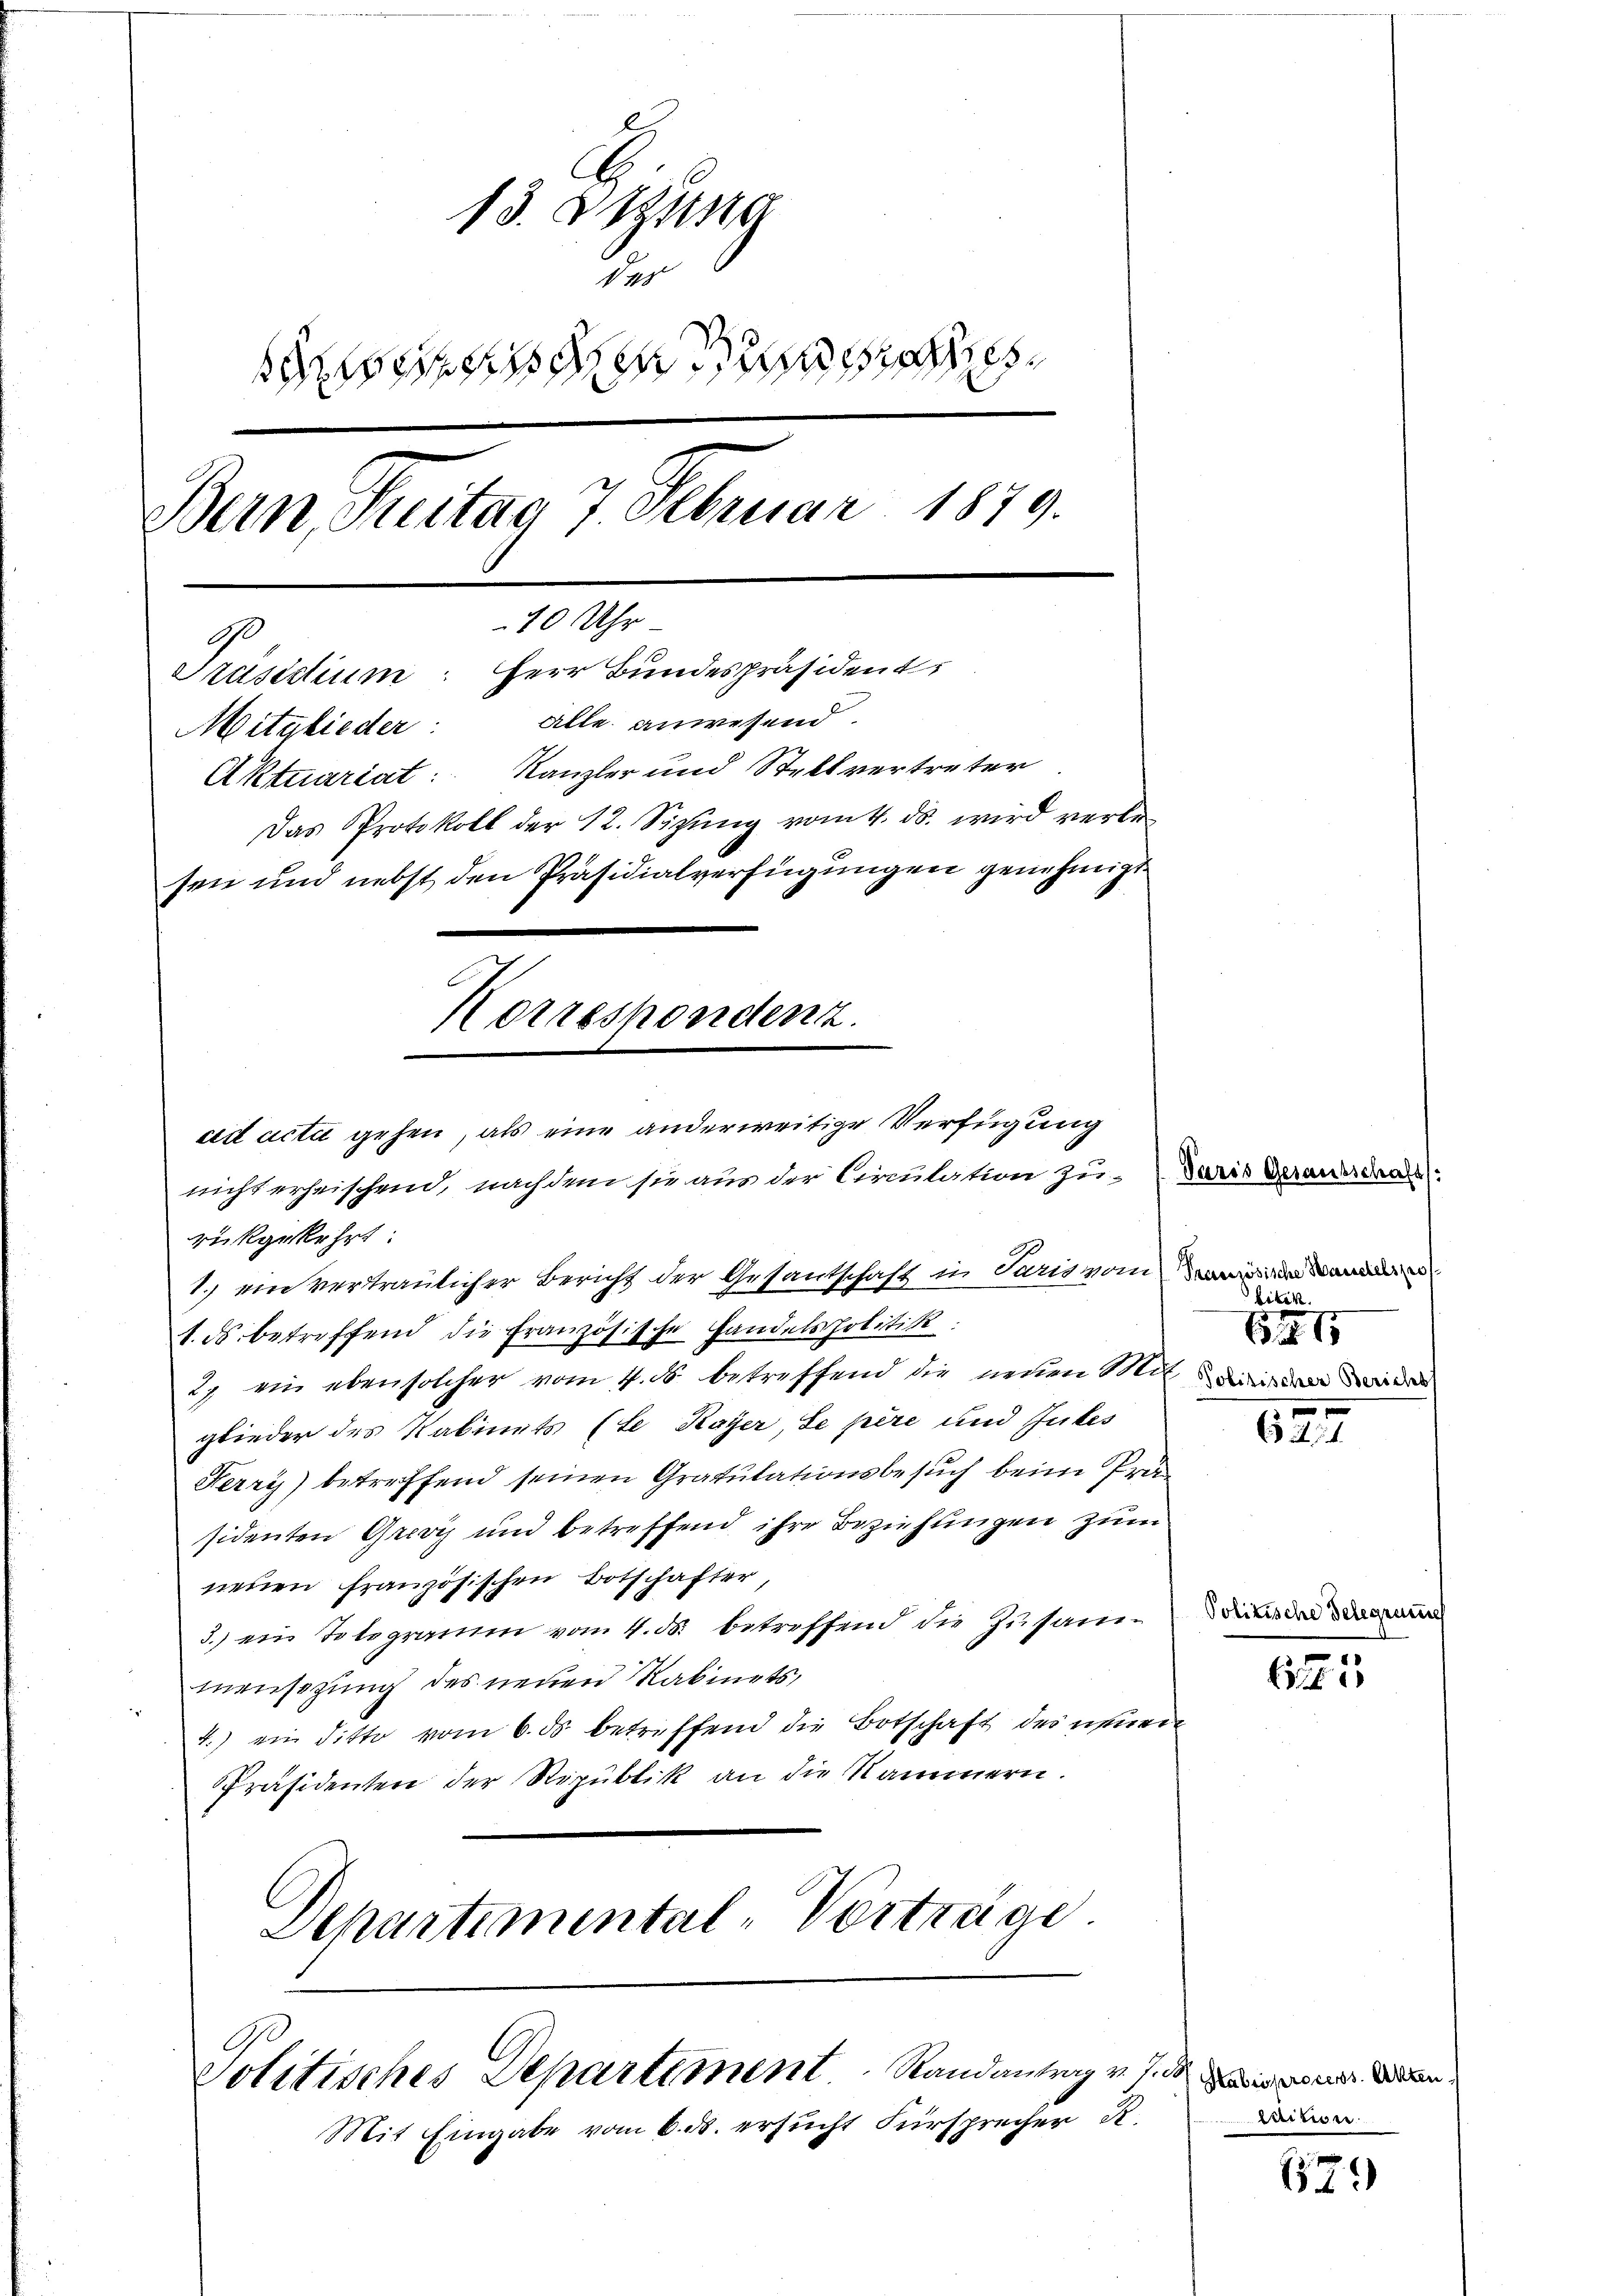
13. Dezung
des
i
Bern, Seitag 7. Februar 1879.
10 Uhr
G
Präsidium: Herr Bundespräsident
Mitglieder: Alle anwesend.
Aktuariat: Kanzler und Stellvertreter
Das Protokoll der 12. Sizŭng vom 4. ds. wird verbe
sen und nebst den Präsidialverfügungen genehmigt
Korreshondenz.

ad acti gehen, als eine anderweitige Verfügung
nicht erheischend, nachdem sie aus der Circulation zu Paris Berauerdra
rükgekehrt:
1.) ein vertraulicher Bericht der Gesantschaft in Paris vom Mann
1. ds betreffend die Französische Handelspolitik.
27 ein ebensolcher vom 4. ds. betreffend die neuen Miteine
glieder des Kabinets (te Kayer, Le père und Gutes
Ferry) betreffend seinen Gratulationsbesuch beim Präsidenten Grevy und betreffend ihre Beziehungen zum
neuen französischen Botschafter,
3.) ein Totogramm vom 4. ds. betreffend die Zusammnensezung des neuen Rabinets,
4.) ein ditto vom 6. ds. betreffend die Botschaft des neuen
Präsidenten der Republik an die Kammern.
Departemental-Vorträge

Politisches Departement Randantrag v. sie den

Mit Eingabe vom 6. ds. ersucht Fürsprecher R.

bitik.
6215

624

Politische Belegene

625

kritien

1579